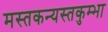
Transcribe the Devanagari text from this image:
मस्तकन्यस्तकुम्भा